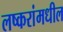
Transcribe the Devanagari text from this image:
लष्करांमधील